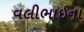
વલીભાઈના